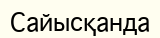
Сайысқанда